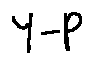
Y - P